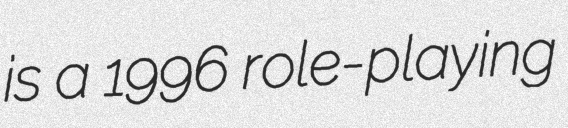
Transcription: is a 1996 role-playing